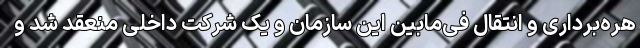
هره‌برداری و انتقال فی‌مابین این سازمان و یک شرکت داخلی منعقد شد و